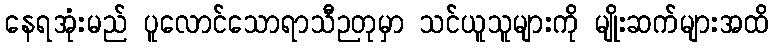
နေရအုံးမည် ပူလောင်သောရာသီဉတုမှာ သင်ယူသူများကို မျိုးဆက်များအထိ